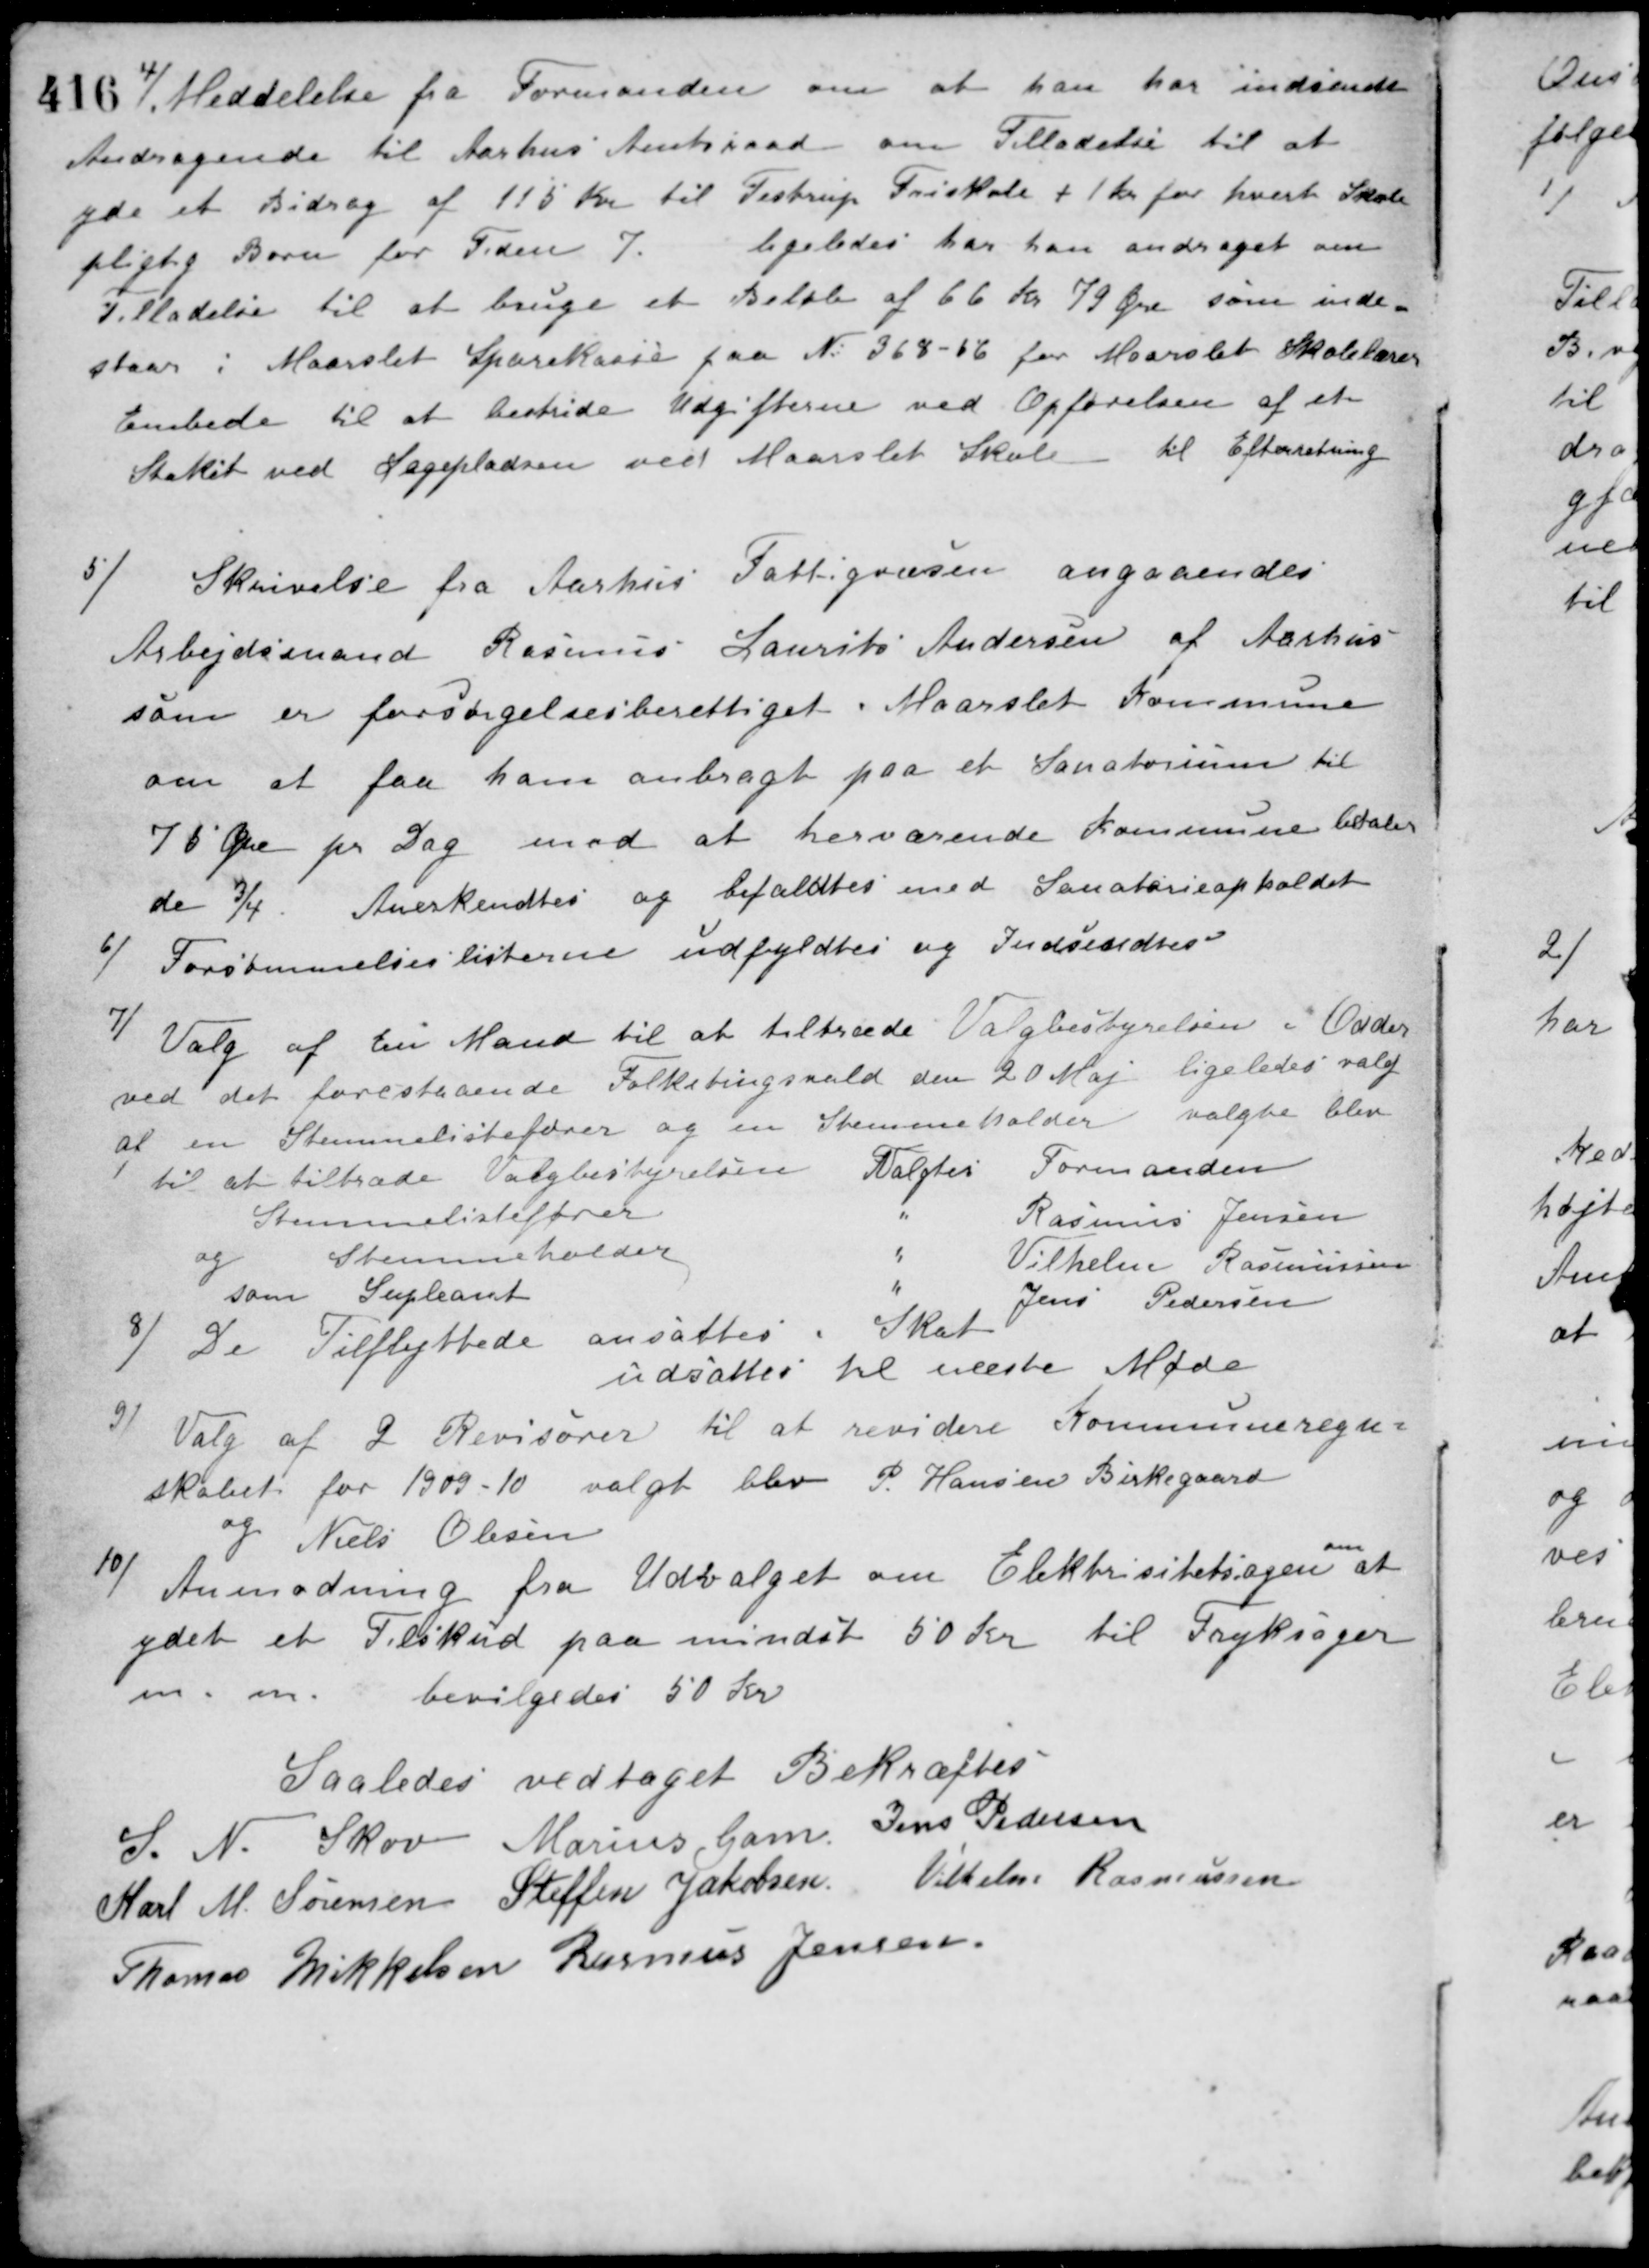
Transskription:
4/ Meddelelse fra Formanden om at han har indsendt
Andragende til Aarhus Amtsraad om Tilladelse til at
yde et Bidrag af 115 Kr. til Testrup Friskole + 1 Kr. for hvert Skole-
pligtig Barn for Tiden 7. ligeledes har han andraget om
Tilladelse til at bruge et Beløb af 66 Kr 79 Øre som inde-
staar i Maarslet Sparekasse paa No 368-66 for Maarslet Skolelærer
Embede til at bestride Udgifterne ved Opførelsen af et
Stakit ved Legepladsen ved Maarslet Skole til Efterretning
5/
Skrivelse fra Aarhus Fattigvæsen angaaendes
Arbejdsmand Rasmus Laurits Andersen af Aarhus
som er forsørgelsesberettiget i Maarslet Kommune
om at faa ham anbragt paa et Sanatorium til
76 Øre pr. Dag mod at herværende Kommune betaler
de 3/4. Anerkendtes og bifaldtes med Sanatorieopholdet
6/ Forsømmelseslisterne udfyldtes og Indsendtes
7/ Valg af tre Mand til at tiltræde Valgbestyrelsen i Odder
ved det forestaaende Folketingsvalg den 20 Maj ligeledes valg
af en Stemmelistefører og en Stemmeholder
valgte blev
til at tiltræde Valgbestyrelsen Valgtes Formanden
Stemmelistefører " Rasmus Jensen
og Stemmeholder " Vilhelm Rasmussen
som Supleant " Jens Pedersen
8/ De Tilflyttede ansattes i Skat
udsattes til næste Møde
9/
Valg af 2 Revisorer til at revidere Kommuneregn-
skabet for 1909-10 valgt blev P. Hansen Birkegaard
og Niels Olesen
10/
Anmodning fra Udvalget om Elektrisitetsagen om at
ydet et Tilskud paa mindst 50 Kr. til Tryksager
m. m. bevilgedes 50 Kr.
Saaledes vedtaget Bekræftes
S. N. Skov Marius Gam Jens Pedersen
Karl M. Sørensen Steffen Jakobsen Vilhelm Rasmussen
Thomas Mikkelsen Rasmus Jensen